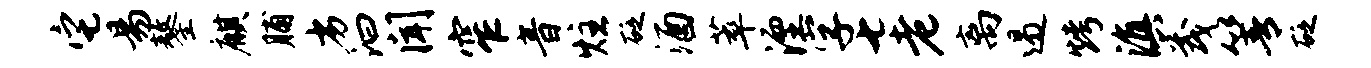
它易鏊麒脯劣汩闻窄音炷砭酒萃湮字七老离遏烤滇茂箐砭